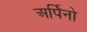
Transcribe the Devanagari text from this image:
अर्पिनो